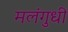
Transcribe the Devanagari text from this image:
मलंगुधी